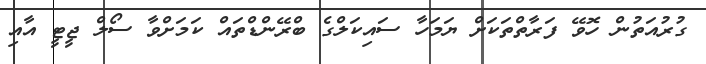
ގުރުއަތުން ހޮވޭ ފަރާތްތަކަށް ޔަމަހާ ސައިކަލްގެ ބްރޭންޑްތައް ކަމަށްވާ ސޯލް ޖީޓީ އާއި